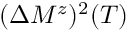
( \Delta M ^ { z } ) ^ { 2 } ( T )